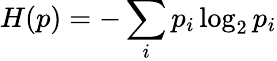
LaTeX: H(p)=-\sum_{i}p_{i}\log_{2}p_{i}